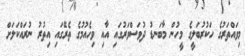
މިވައްތަރުގެ ހަކުރުބަލީގެ މީހުން މާބަނޑު ދުވަސްވަރުގައި އާއި ވިހެއުމުގެ ތެރޭގައި އިތުރު ނުރައްކަލަށް